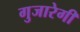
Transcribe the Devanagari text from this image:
गुजारेगी